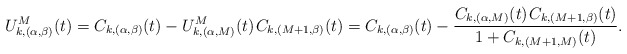
\begin{align*}U^M_{k,(\alpha,\beta)}(t) = C_{k,(\alpha,\beta)}(t) - U^M_{k,(\alpha,M)}(t) \kern+1pt C_{k,(M+1,\beta)}(t) = C_{k,(\alpha,\beta)}(t) - \frac{C_{k,(\alpha,M)}(t) \kern+1pt C_{k,(M+1,\beta)}(t)}{1+C_{k,(M+1,M)}(t)}.\end{align*}